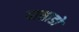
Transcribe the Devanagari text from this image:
पाथ्राडो